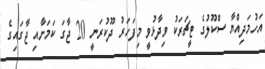
އަހުމަދިއްޔާ ސްކޫލުގެ ޓީޗަރަކު ވިދާޅުވީ މިފަހަރު ދޫކުރަނީ 20 ޖާގަ ކަމަށާއި ޖާގައިގެ